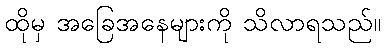
ထိုမှ အခြေအနေများကို သိလာရသည်။